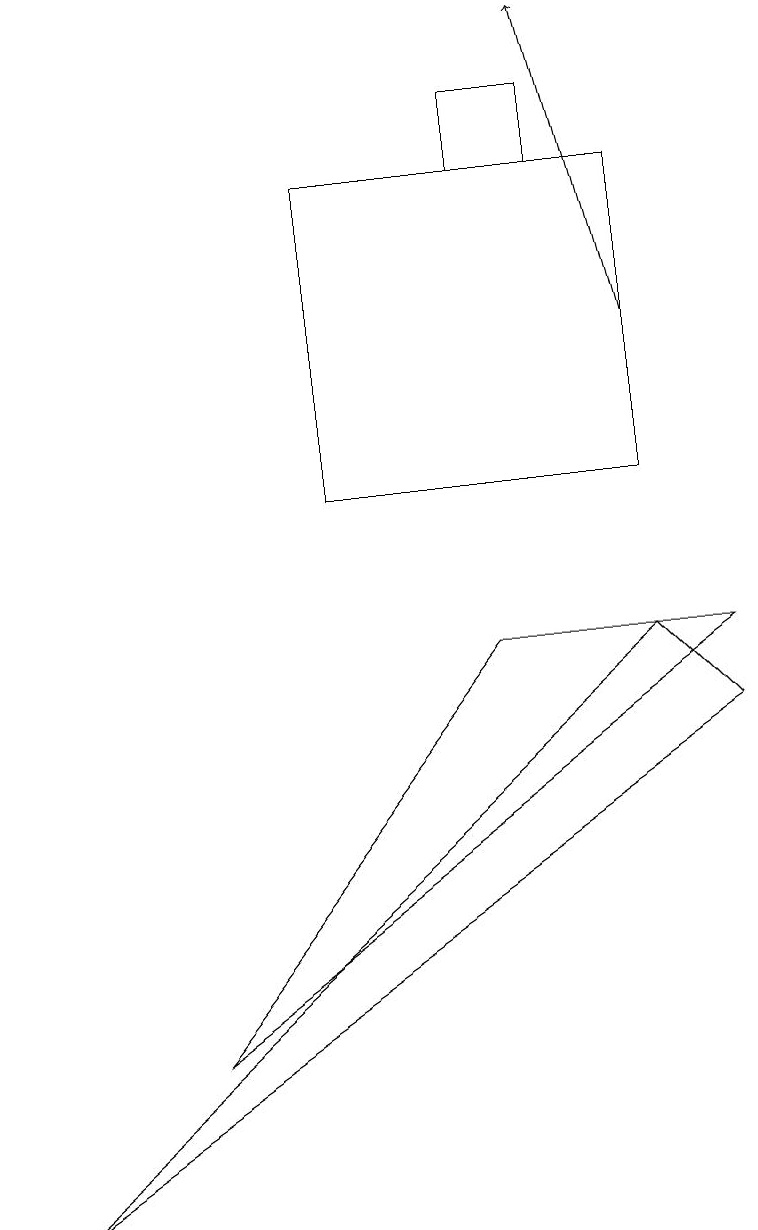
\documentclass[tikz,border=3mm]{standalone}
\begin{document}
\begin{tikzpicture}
\draw (7,16) rectangle (6,15);
\draw (4,15) rectangle (8,11);
\draw (6,9) -- (9,9) -- (2,4) -- cycle;
\draw[->] (8,13) -- (7,17);
\draw (9,8) -- (8,9) -- (0,2) -- cycle;
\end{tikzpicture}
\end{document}